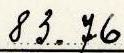
83.76